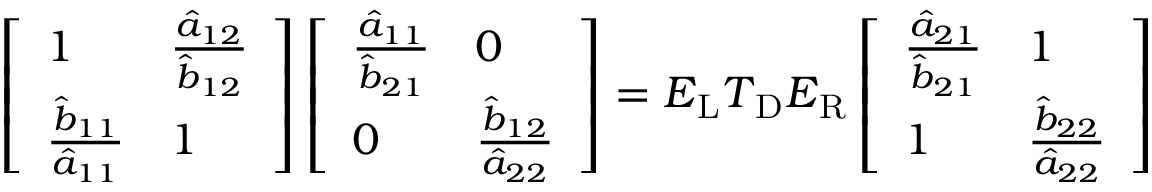
\left[ \begin{array} { l l } { 1 } & { \frac { \hat { a } _ { 1 2 } } { \hat { b } _ { 1 2 } } } \\ { \frac { \hat { b } _ { 1 1 } } { \hat { a } _ { 1 1 } } } & { 1 } \end{array} \right] \left[ \begin{array} { l l } { \frac { \hat { a } _ { 1 1 } } { \hat { b } _ { 2 1 } } } & { 0 } \\ { 0 } & { \frac { \hat { b } _ { 1 2 } } { \hat { a } _ { 2 2 } } } \end{array} \right] = \boldsymbol { E } _ { \mathrm { L } } \boldsymbol { T } _ { \mathrm { D } } \boldsymbol { E } _ { \mathrm { R } } \left[ \begin{array} { l l } { \frac { \hat { a } _ { 2 1 } } { \hat { b } _ { 2 1 } } } & { 1 } \\ { 1 } & { \frac { \hat { b } _ { 2 2 } } { \hat { a } _ { 2 2 } } } \end{array} \right]